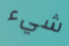
شيء